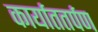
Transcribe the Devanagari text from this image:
कार्याततर्पण